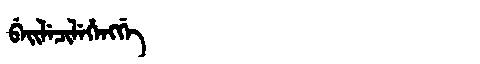
Manchu: ᠪᡝᡳᠯᡝᠴᡳᠯᡝᡥᡝᠩᡤᡝ
Romanization: BEILECILEHENGGE